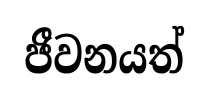
ජීවනයත්